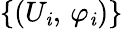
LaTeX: \left\{ \left(U_{\mathit{i}},\, \varphi_{\mathit{i}}\right)\right\}